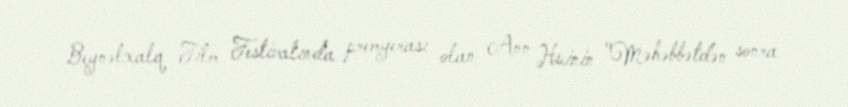
Beynəlxalq Film Festivalında premyerası olan Ann Huinin "Məhəbbətdən sonra